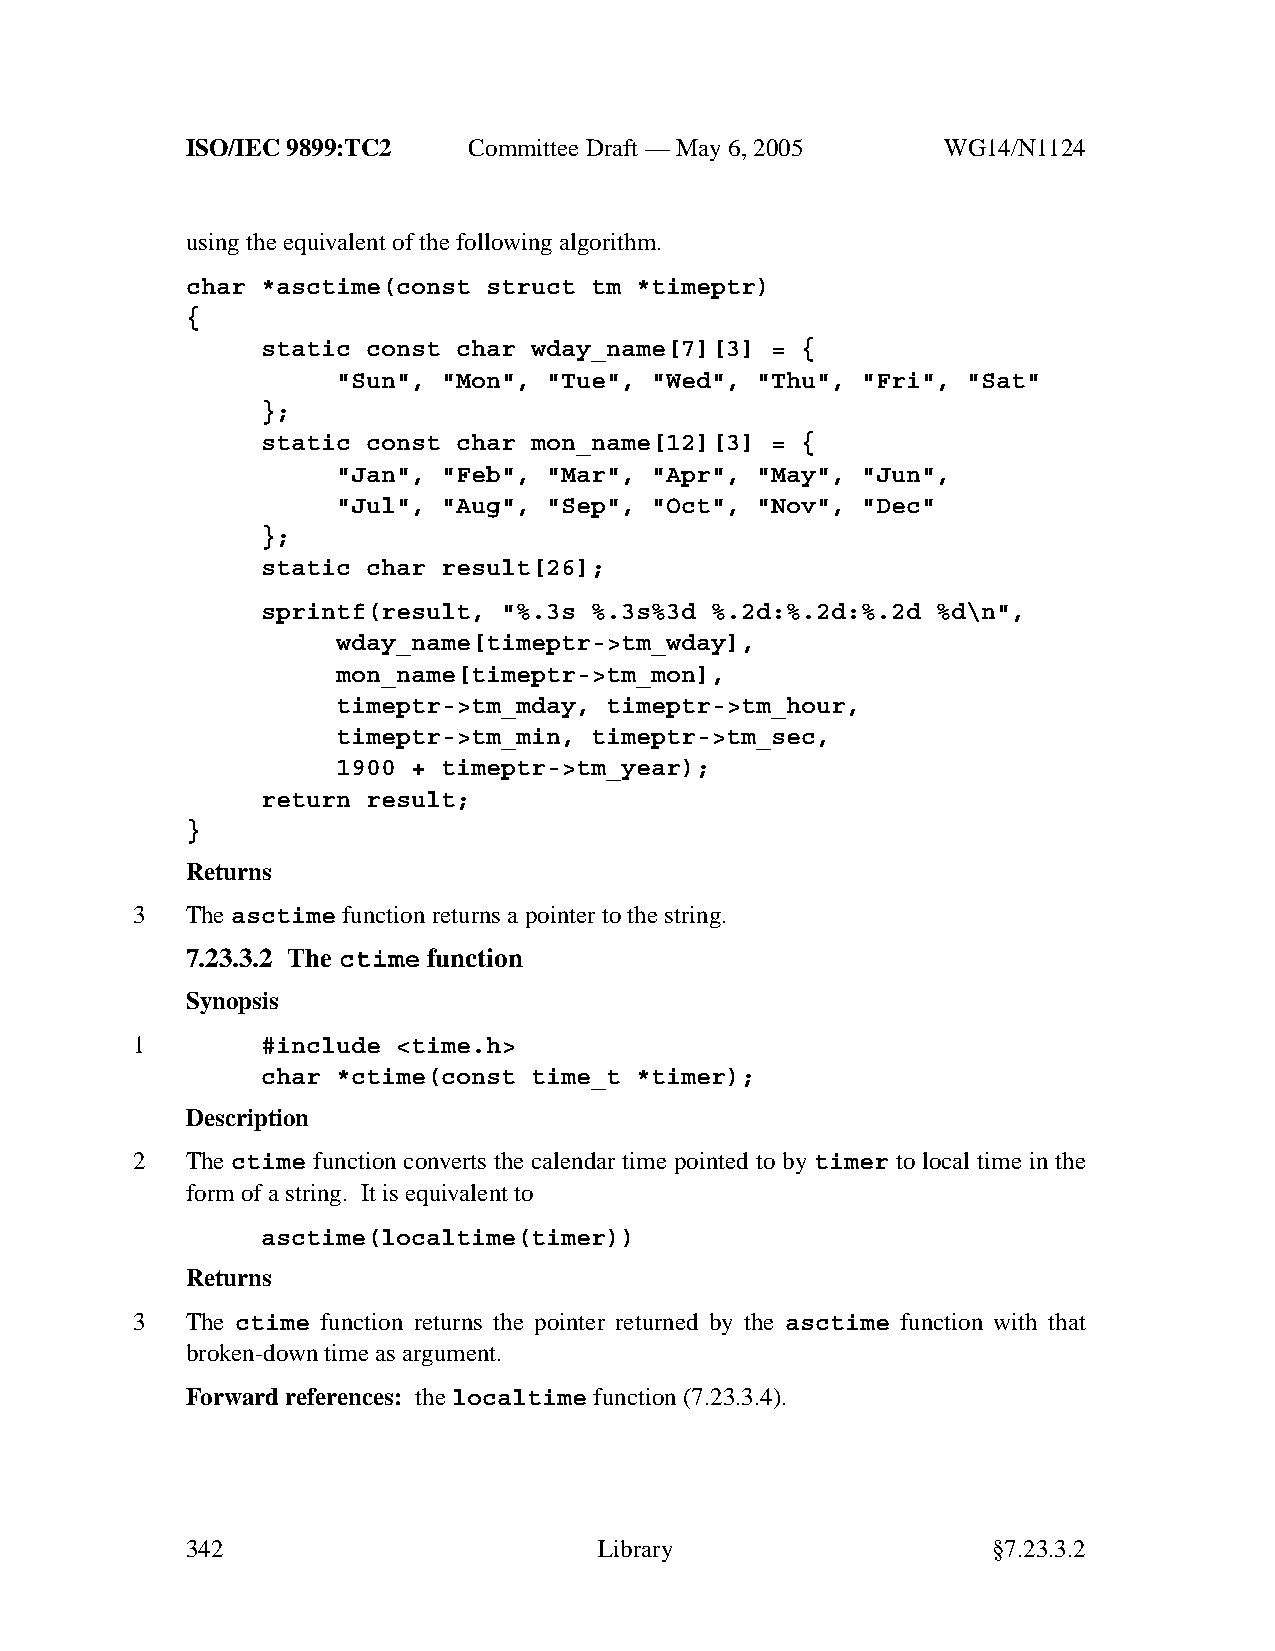
ISO/IEC 9899:TC2   Committee Draft — May 6, 2005   WG14/N1124
 using the equivalent of the following algorithm.
 char *asctime(const struct tm *timeptr)
 {
 static const char wday_name[7][3] = {
 "Sun", "Mon", "Tue", "Wed", "Thu", "Fri", "Sat"
 };
 static const char mon_name[12][3] = {
 "Jan", "Feb", "Mar", "Apr", "May", "Jun",
 "Jul", "Aug", "Sep", "Oct", "Nov", "Dec"
 };
 static char result[26];
 sprintf(result, "%.3s %.3s%3d %.2d:%.2d:%.2d %d\n",
 wday_name[timeptr->tm_wday],
 mon_name[timeptr->tm_mon],
 timeptr->tm_mday, timeptr->tm_hour,
 timeptr->tm_min, timeptr->tm_sec,
 1900 + timeptr->tm_year);
 return result;
 }
 Returns
 3  Theasctime function returns a pointer to the string.
 7.23.3.2 The ctime function
 Synopsis
 1       #include <time.h>
 char *ctime(const time_t *timer);
 Description
 2  The ctime function converts the calendar time pointed to by timer to local time in the
 form of a string. It is equivalent to
 asctime(localtime(timer))
 Returns
 3  The ctime function returns the pointer returned by the asctime function with that
 broken-down time as argument.
 Forward references: thelocaltime function (7.23.3.4).
 342                         Library                   §7.23.3.2